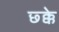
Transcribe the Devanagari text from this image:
छ्क्के